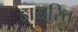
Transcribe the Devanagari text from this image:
डायरित